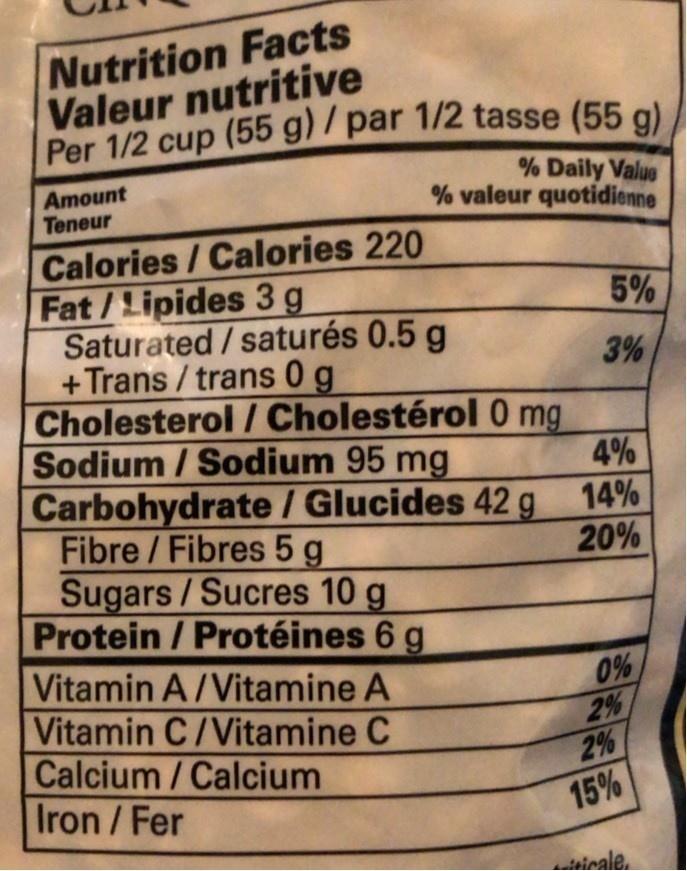
Nutrition Facts Valeur nutritive Per 1/2 cup (55 g) / par 1/2 tasse (55 g)
Amount Teneur
% Daily Value % valeur quotidienne
Calories/Calories 220 Fat/Lipides 3 g Saturated/saturés 0.5 g +Trans / trans 0 g Cholesterol / Cholestérol 0 mg Sodium /Sodium 95 mg Carbohydrate / Glucides 42g Fibre /Fibres 5 g Sugars/Sucres 10 g Protein / Protéines 6 g Vitamin A/Vitamine A Vitamin C/Vitamine C Calcium/Calcium Iron/Fer
5%
3%
4%
14% 20%
0% 2% 2% 15%
icale.